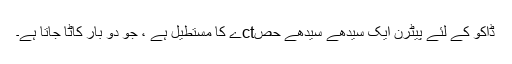
ڈاکو کے لئے پیٹرن ایک سیدھے سیدھے حصctے کا مستطیل ہے ، جو دو بار کاٹا جاتا ہے۔